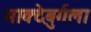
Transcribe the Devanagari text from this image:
माक्देबुर्गला